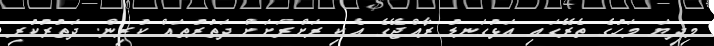
މިދިޔަ މަހުގެ ތެރޭގައި އަޅުގަނޑު ރާއްޖޭގެ އެކި ރަށްރަށަށް ދަތުރުތައް ކުރިން. ދަތުރުކުރި